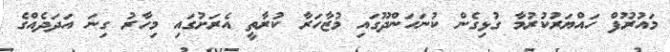
މައުރޫފް ހައްޔަރުކުރުމާ ގުޅިގެން ކުނަހަންދޫގައި މުޒާހަރާ ކުރާތީ އެރަށުގައި މިހާރު ގިނަ އަދަދެއްގެ